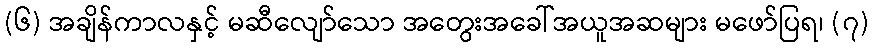
(၆) အချိန်ကာလနှင့် မဆီလျော်သော အတွေးအခေါ်အယူအဆများ မဖော်ပြရ၊ (၇)